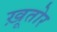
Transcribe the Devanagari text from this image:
ख़ूतोर